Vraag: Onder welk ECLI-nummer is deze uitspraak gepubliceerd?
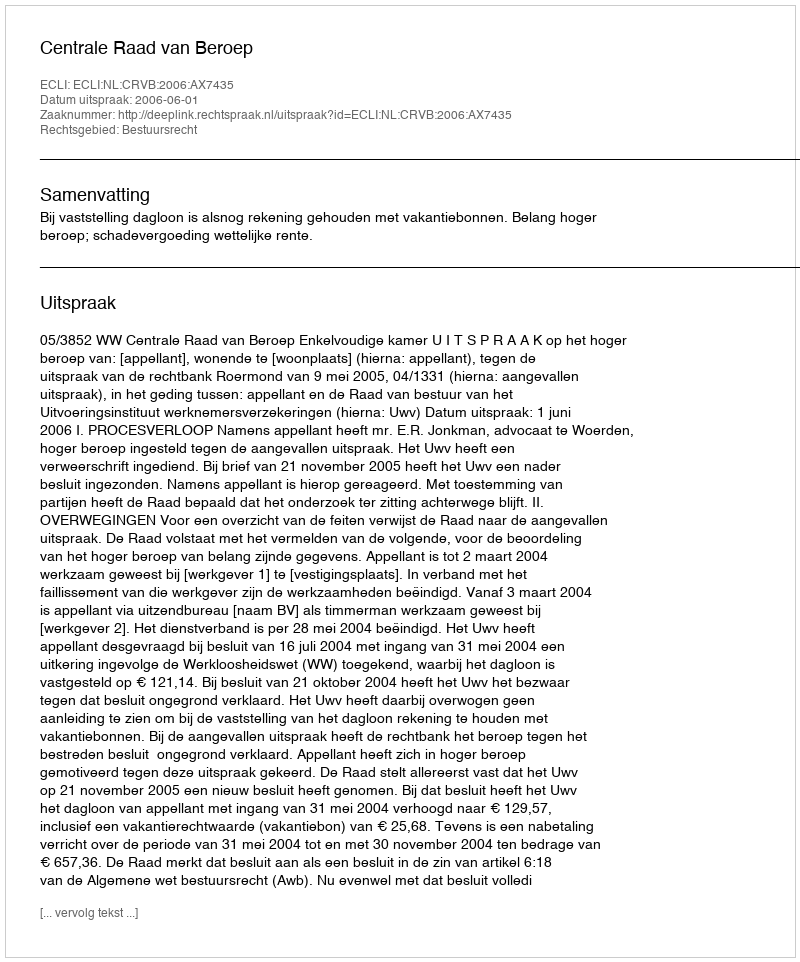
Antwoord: ECLI:NL:CRVB:2006:AX7435